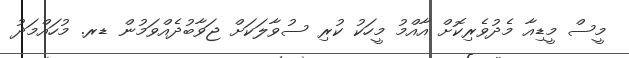
މީސް މީޑިއާ މެދުވެރިކޮށް އާއްމު މީހަކު ކުރި ސުވާލަކަށް ޖަވާބުދެއްވަމުން ޑރ. މުހައްމަދު